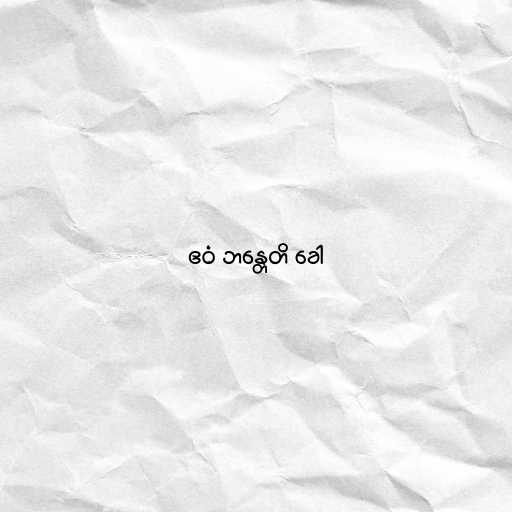
ဧဝံ ဘန္တေတိ ခေါ